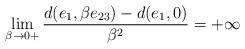
LaTeX: \begin{align*} \lim_{\beta\to 0 +}\frac{d(e_1,\beta e_{23})-d(e_1,0)}{\beta^2}=+\infty \end{align*}